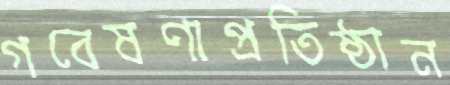
গবেষণাপ্রতিষ্ঠান